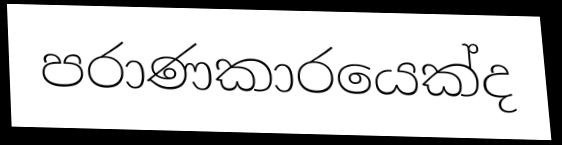
පරාණකාරයෙක්ද